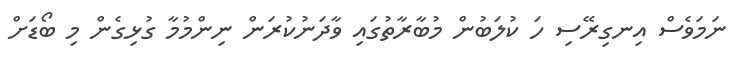
ނަމަވެސް އިނގިރޭސި ހަ ކުލަބުން މުބާރާތުގައި ވާދަނުކުރަން ނިންމުމާ ގުޅިގެން މި ބޯޑަށް